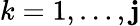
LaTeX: k=1,\dotsc,\mathbf{j}